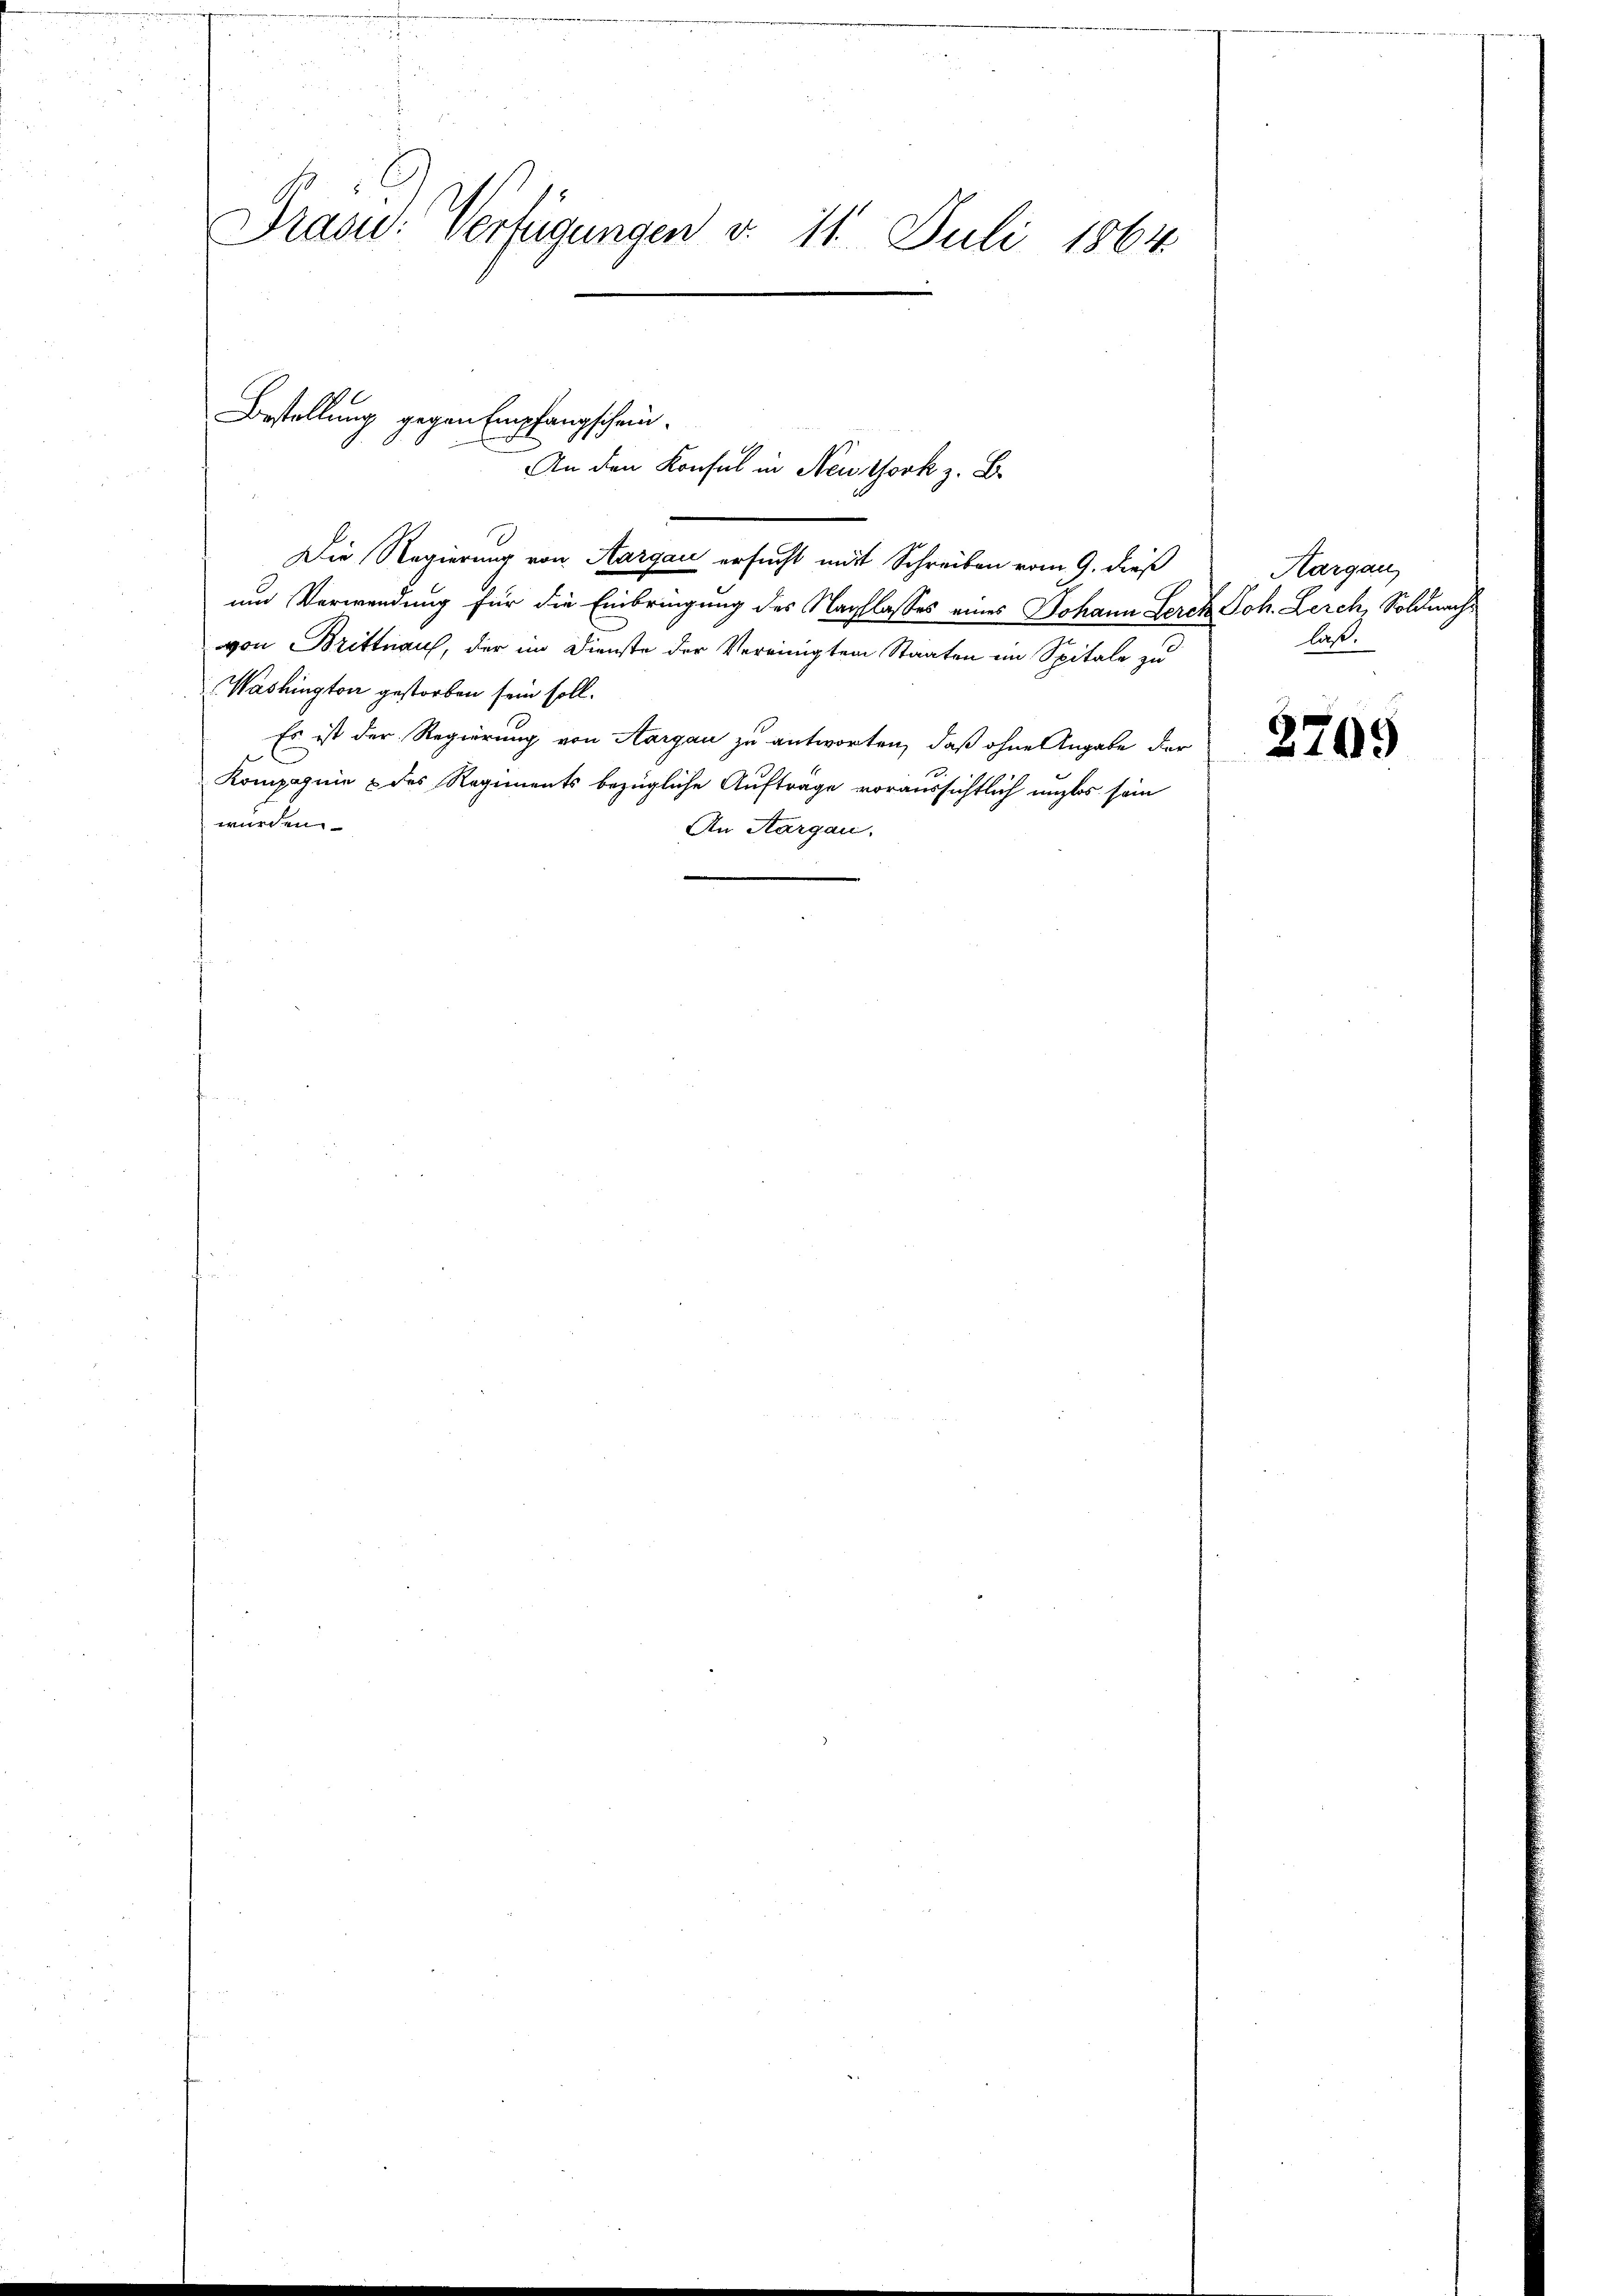
Fraad: Verfügungen d. 11. Juli 1864

Bestellung gegen Empfangschein.
An den Konsul in Neuthork z. B.

Die Regierung von Aargau ersucht mit Schreiben vom 9. dieß
um Verwendung für die Einbringung des Nachlasses eines Johann Lerch Joh. Lerch, Soldnachvon Brittnau, der im Dienste der Vereinigten Staaten im Spitale zu
Washington gestorben sein soll.
Es ist der Regierung von Aargau zu antworten, daß ohne Angabe der

Kompagnie & des Regiments bezügliche Aufträge voraussichtlich unzlos sein
würden.
An Aargau.

Aargau,
laß.

2709